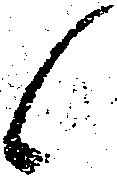
候